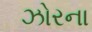
ઝોરના